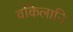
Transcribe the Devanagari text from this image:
वकिलानि